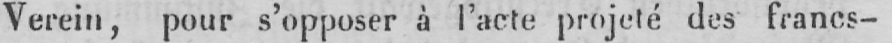
Verein, pour s’opposer à l’acte projeté des francs-